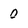
Character: 0